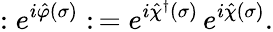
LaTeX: :e^{i\hat{\varphi}(\sigma)}:\, =e^{i\hat{\chi}^{\dagger}(\sigma)}\, e^{i\hat{\chi}(\sigma)}.